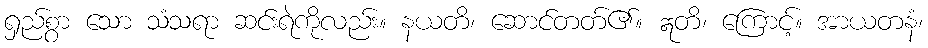
ရှည်စွာ သော သံသရာ ဆင်းရဲကိုလည်း။ နယတိ၊ ဆောင်တတ်၏။ ဣတိ၊ ကြောင့်။ အာယတနံ၊